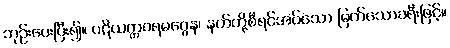
ဘုဉ်းပေးပြီး၍။ ပဋိယတ္တဝရမဂ္ဂေန၊ နတ်တို့စီရင်အပ်သော မြတ်သောခရီးဖြင့်။